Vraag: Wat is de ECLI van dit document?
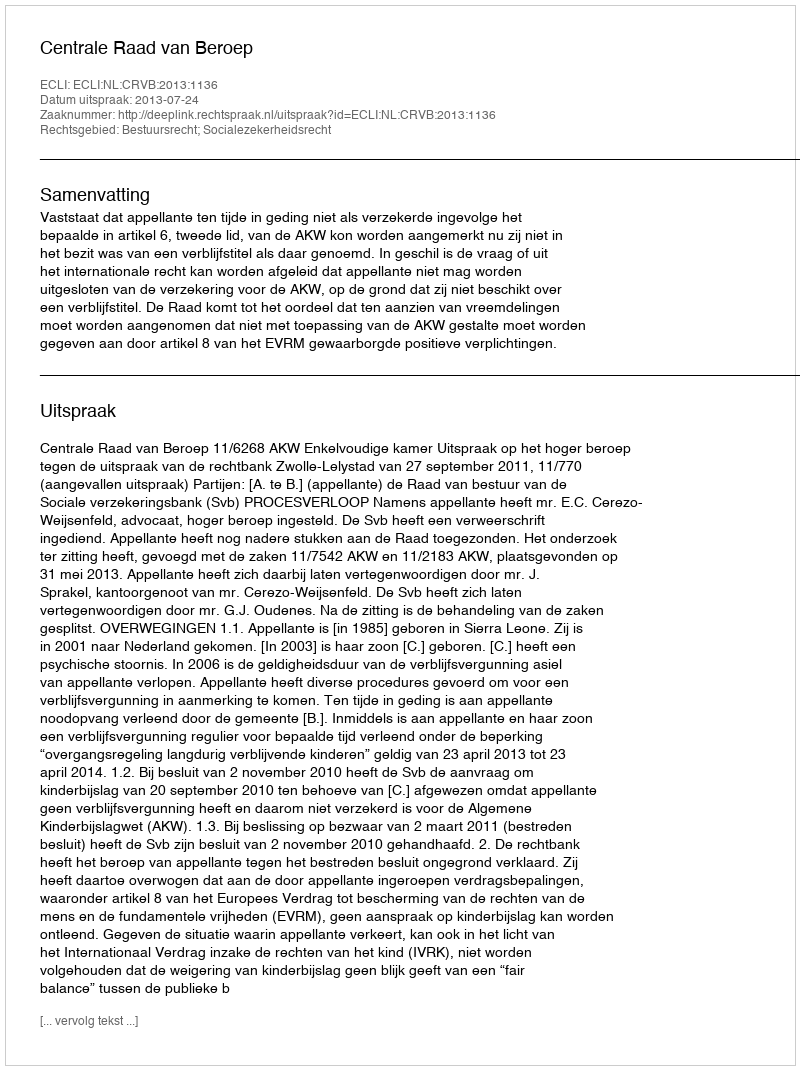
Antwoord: ECLI:NL:CRVB:2013:1136